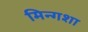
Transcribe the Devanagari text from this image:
मिन्गशा